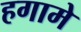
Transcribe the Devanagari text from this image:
हगामे